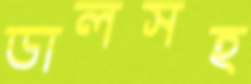
ডালসহ